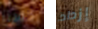
حسنا إزداد